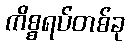
ကိစ္စရပ်တစ်ခု